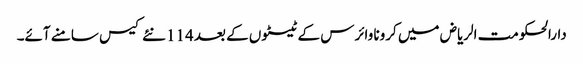
دارالحکومت الریاض میں کرونا وائرس کے ٹیسٹوں کے بعد 114 نئے کیس سامنے آئے۔